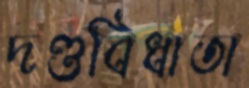
দণ্ডবিধাতা